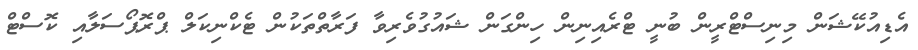
އެޑިއުކޭޝަން މިނިސްޓްރީން ބުނީ ޓްރެއިނިން ހިންގަން ޝައުގުވެރިވާ ފަރާތްތަކުން ޓެކްނިކަލް ޕްރޮޕޯސަލާއި ކޮސްޓް